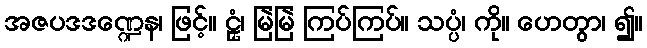
အဇပဒဒဏ္ဍေန၊ ဖြင့်။ ဠှံ၊ မြဲမြဲ ကြပ်ကြပ်။ သပ္ပံ၊ ကို။ ဟေတွာ၊ ၍။